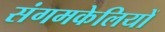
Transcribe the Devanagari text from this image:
संगमकेलियों